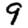
Digit: 9